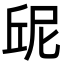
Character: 屔